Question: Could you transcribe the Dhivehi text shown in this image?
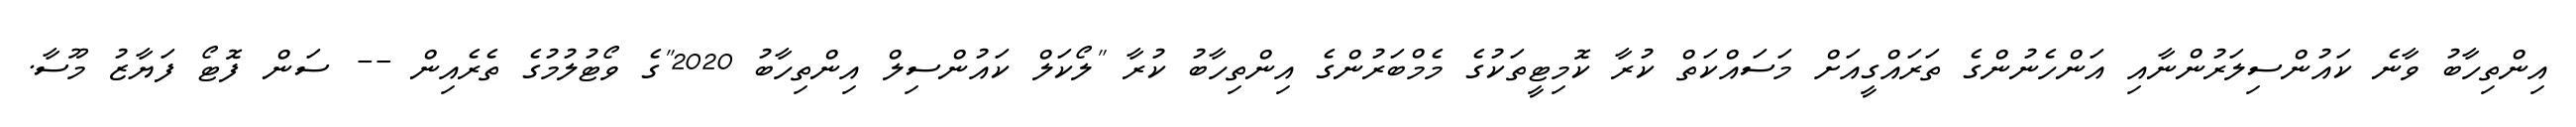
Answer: އިންތިހާބު ވާނެ ކައުންސިލަރުންނާއި އަންހެނުންގެ ތަރައްގީއަށް މަސައްކަތް ކުރާ ކޮމިޓީތަކުގެ މެމްބަރުންގެ އިންތިހާބު ކުރާ "ލޯކަލް ކައުންސިލް އިންތިހާބު 2020"ގެ ވޯޓުލުމުގެ ތެރެއިން -- ސަން ފޮޓޯ ފަޔާޒު މޫސާ.